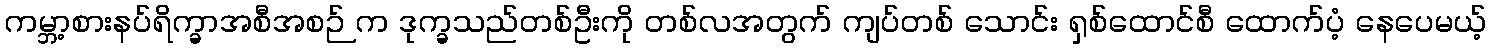
ကမ္ဘာ့စားနပ်ရိက္ခာအစီအစဉ် က ဒုက္ခသည်တစ်ဦးကို တစ်လအတွက် ကျပ်တစ် သောင်း ရှစ်ထောင်စီ ထောက်ပံ့ နေပေမယ့်